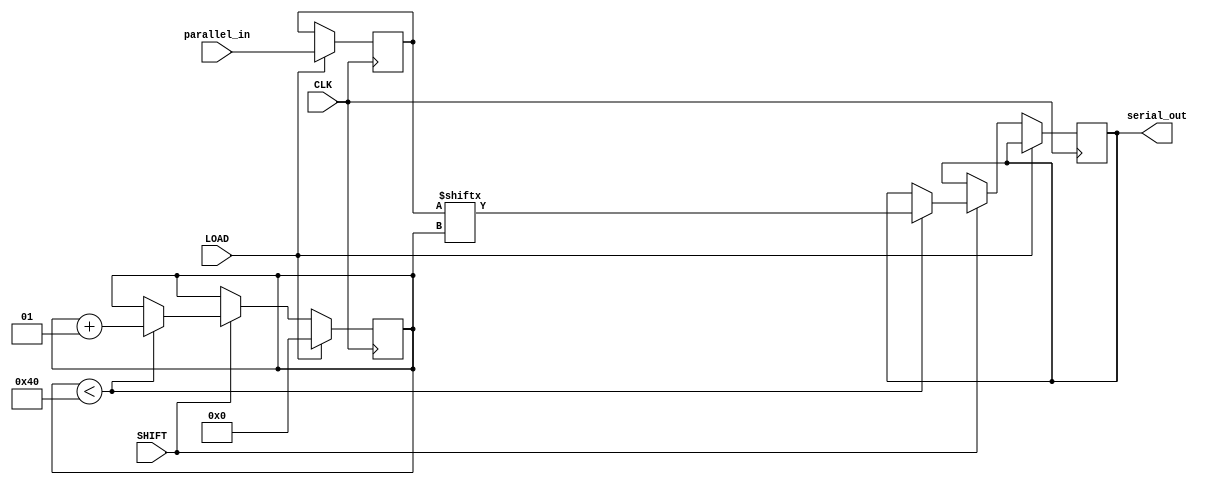
module PISO_Register (
    input wire [63:0] parallel_in, // 64-bit parallel input
    input wire LOAD,               // Load control signal
    input wire SHIFT,              // Shift control signal
    input wire CLK,                // Clock signal
    output reg serial_out          // Serial output
);

    reg [63:0] data_reg;           // Internal register to hold the data
    integer shift_count;           // Counter for the number of shifts

    always @(posedge CLK) begin
        if (LOAD) begin
            // Load the parallel input into the register
            data_reg <= parallel_in;
            shift_count <= 0;      // Reset shift count when loading
        end
        else if (SHIFT) begin
            // Shift the data out serially when SHIFT is asserted
            if (shift_count < 64) begin
                serial_out <= data_reg[shift_count]; // Output LSB
                shift_count <= shift_count + 1;     // Increment the shift count
            end
        end
    end

endmodule